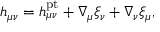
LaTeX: h _ { \mu \nu } = h _ { \mu \nu } ^ { \mathrm { p t } } + \nabla _ { \mu } \xi _ { \nu } + \nabla _ { \nu } \xi _ { \mu } ,